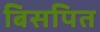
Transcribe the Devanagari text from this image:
बिसपित